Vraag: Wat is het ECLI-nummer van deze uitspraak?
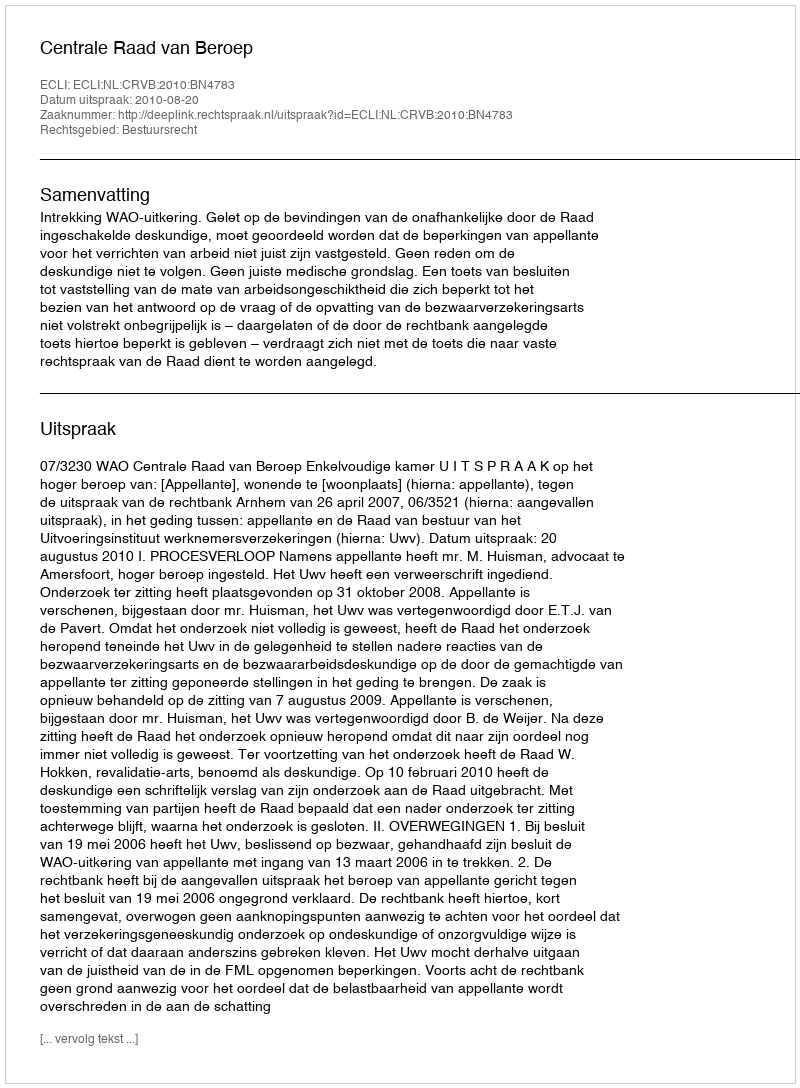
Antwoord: ECLI:NL:CRVB:2010:BN4783